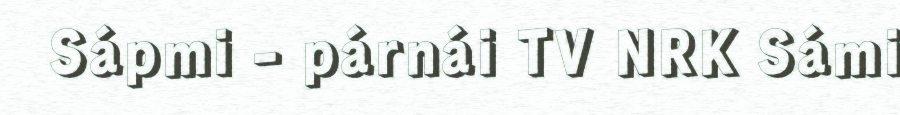
Sápmi - párnái TV NRK Sámi